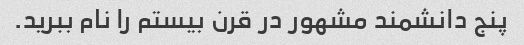
پنج دانشمند مشهور در قرن بیستم را نام ببرید.